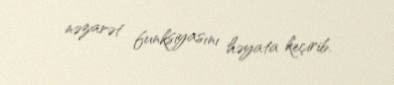
nəzarət funksiyasını həyata keçirib.